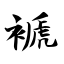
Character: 褫